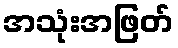
အသုံးအဖြတ်